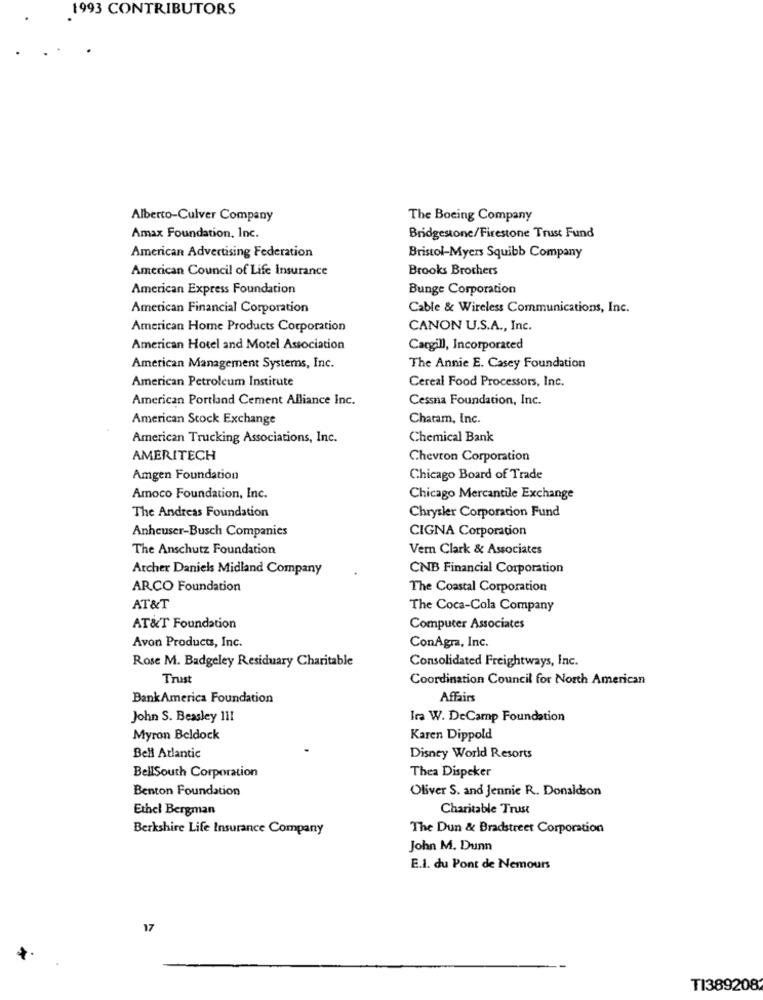
1993 CONTRIBUTORS
Alberto-Culver Company
The Boeing Company
Amax Foundation, Inc.
Bridgestone/Firestone Trust Fund
American Advertising Federation
Bristol-Myers Squibb Company
American Council of Life Insurance
Brooks Brothers
American Express Foundation
Bunge Corporation
American Financial Corporation
Cable & Wireless Communications, Inc.
American Home Products Corporation
CANON U.S.A ., Inc.
American Hotel and Motel Association
Cargill, Incorporated
American Management Systems, Inc.
The Annie E. Casey Foundation
American Petroleum Institute
Cereal Food Processors, Inc.
American Portland Cement Alliance Inc.
Cessna Foundation, Inc.
American Stock Exchange
Chatam, Inc.
American Trucking Associations, Inc.
Chemical Bank
AMERITECH
Chevron Corporation
Amgen Foundation
Chicago Board of Trade
Amoco Foundation, Inc.
Chicago Mercantile Exchange
The Andreas Foundation
Chrysler Corporation Fund
Anheuser-Busch Companies
CIGNA Corporation
The Anschutz Foundation
Vem Clark & Associates
Archer Daniels Midland Company
CNB Financial Corporation
ARCO Foundation
The Coastal Corporation
AT&T
The Coca-Cola Company
AT&T Foundation
Computer Associates
Avon Products, Inc.
ConAgra, Inc.
Rose M. Badgeley Residuary Charitable
Consolidated Freightways, Inc.
Trust
Coordination Council for North American
Bank America Foundation
Affairs
John S. Beasley 111
Ira W. DeCamp Foundation
Myron Beldock
Karen Dippold
Bell Atlantic
Disney World Resorts
Thea Dispeker
BellSouth Corporation
Benton Foundation
Oliver S. and Jennie R. Donaldson
Ethel Bergman
Charitable Trust
Berkshire Life Insurance Company
The Dun & Bradstreet Corporation
John M. Dunn
E.I. du Pont de Nemours
17
TI389208